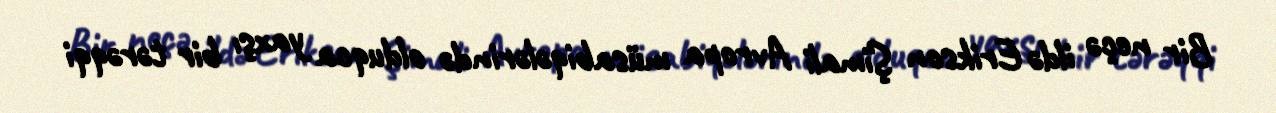
Bir neçə ildə Erikson Şimali Avropa müsabiqələrində olduqca yaxşı bir tərəqqi